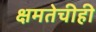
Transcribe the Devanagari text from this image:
क्षमतेचीही